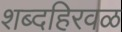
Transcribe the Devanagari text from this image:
शब्दहिरवळ